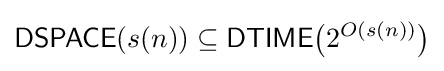
{\mathsf {DSPACE}}(s(n))\subseteq {\mathsf {DTIME}}{\bigl (}2^{O(s(n))}{\bigr )}